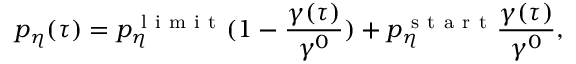
p _ { \eta } ( \tau ) = p _ { \eta } ^ { \mathrm { ~ l ~ i ~ m ~ i ~ t ~ } } ( 1 - \frac { \gamma ( \tau ) } { \gamma ^ { 0 } } ) + p _ { \eta } ^ { \mathrm { ~ s ~ t ~ a ~ r ~ t ~ } } \frac { \gamma ( \tau ) } { \gamma ^ { 0 } } ,